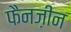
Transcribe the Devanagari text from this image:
फैनज़ीन